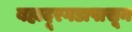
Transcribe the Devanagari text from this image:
बहादूरगडापासून